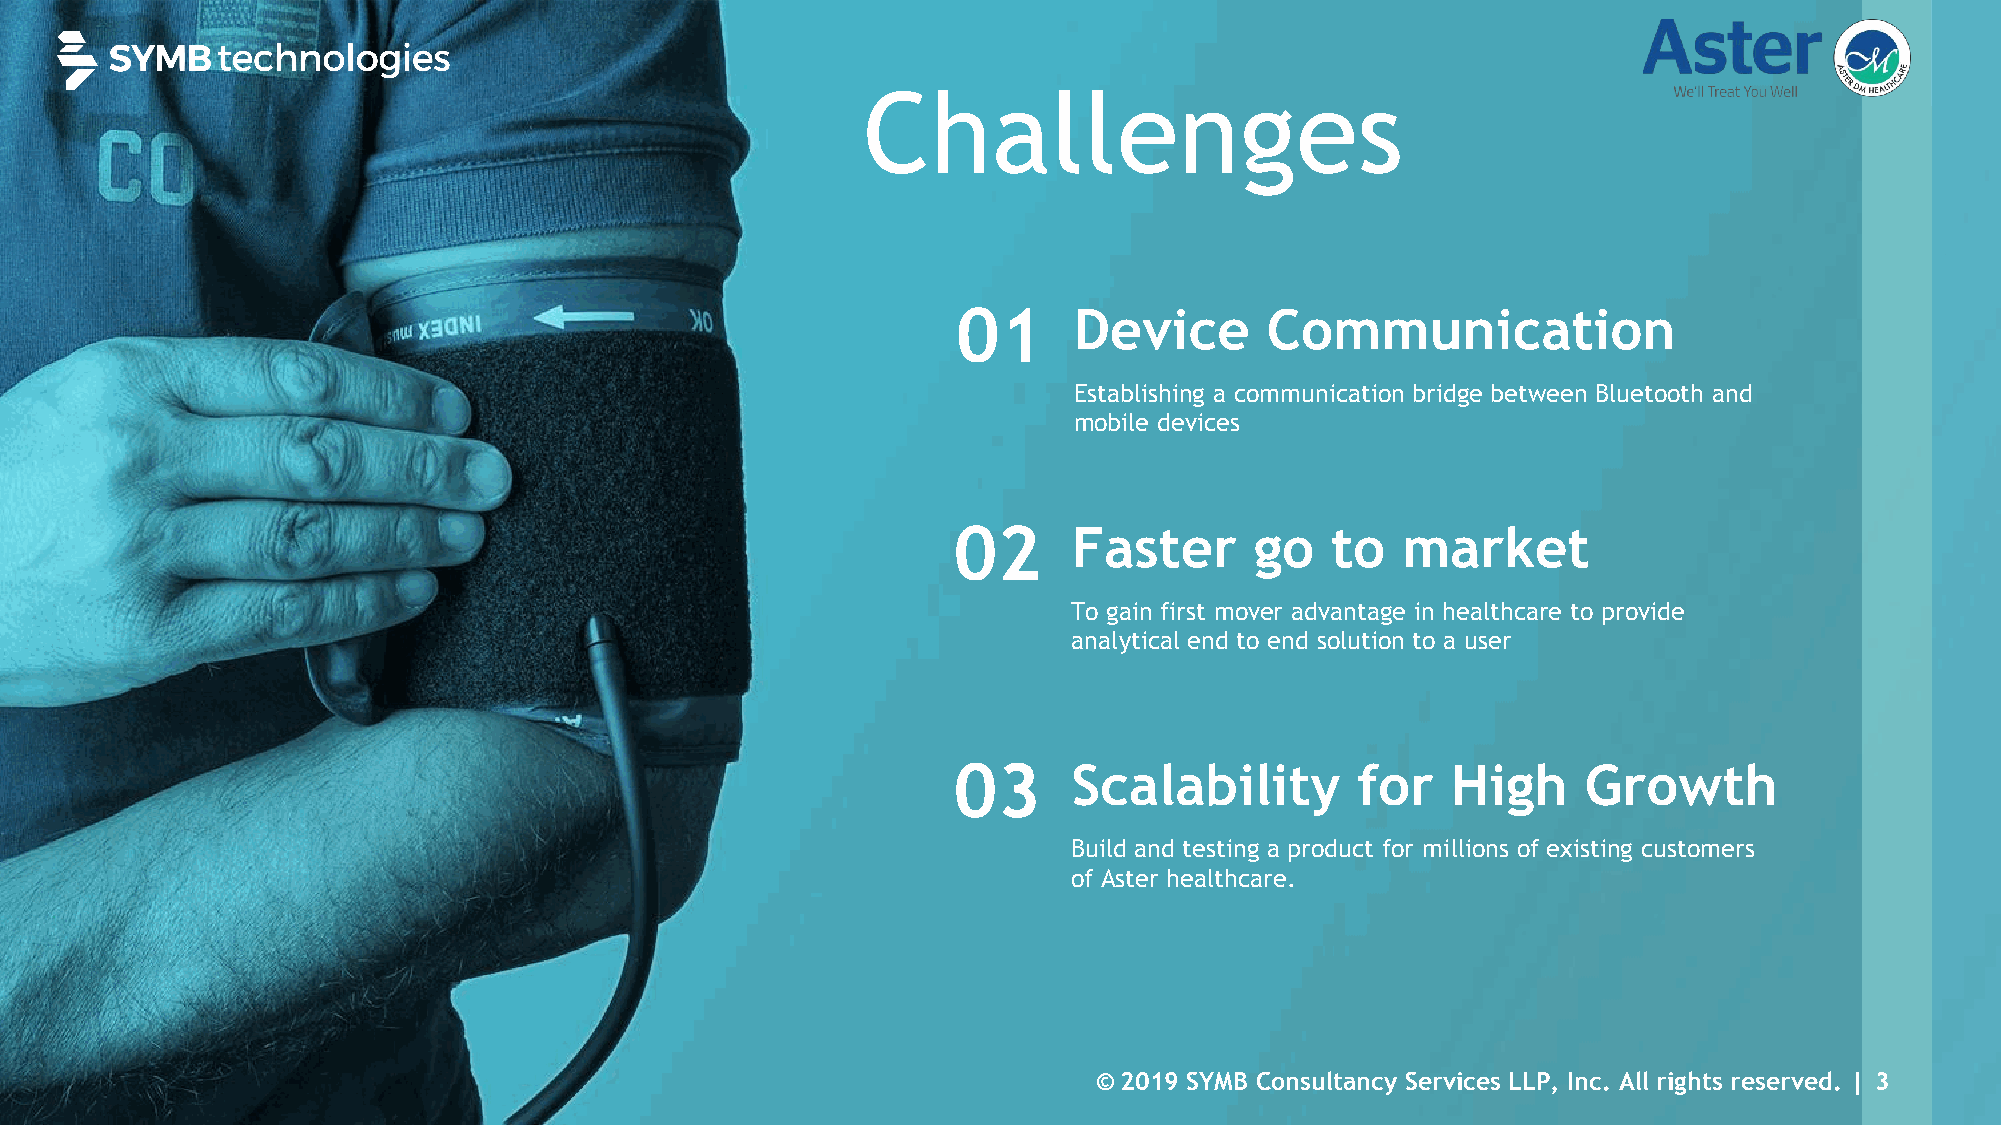
Challenges
 01      Device       Communication
 Establishing a communication bridge between Bluetooth and
 mobile devices
 02      Faster      go   to   market
 To gain first mover advantage in healthcare to provide
 analytical end to end solution to a user
 03      Scalability        for   High     Growth
 Build and testing a product for millions of existing customers
 of Aster healthcare.
 © 2019 SYMB Consultancy Services LLP, Inc. All rights reserved. | 3